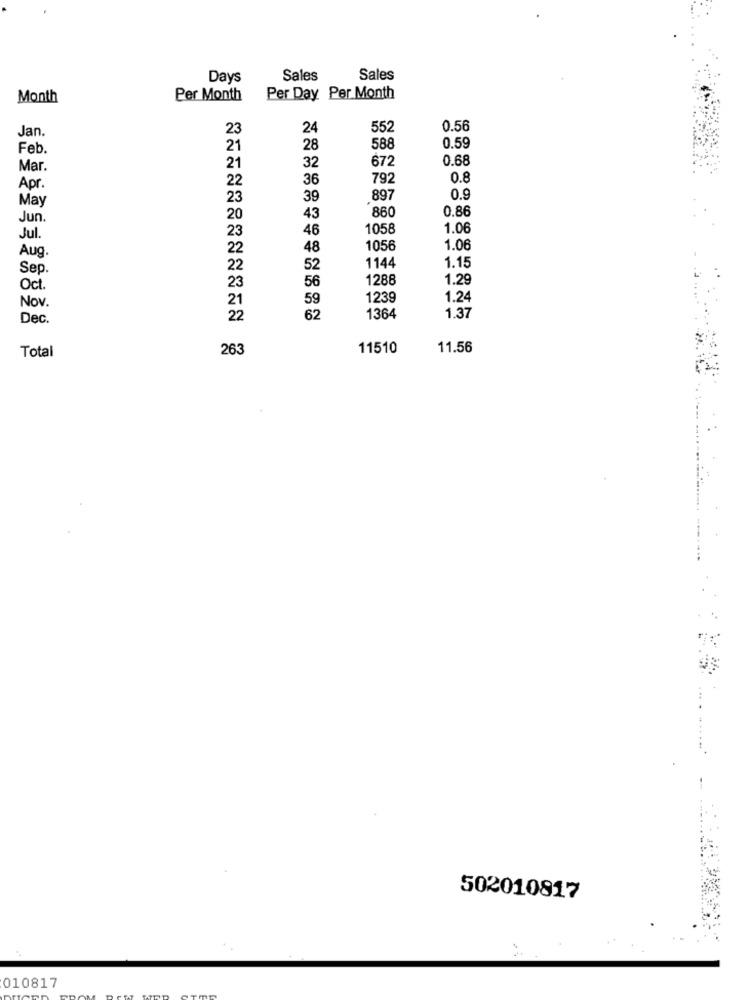
Days
Sales
Sales
Month
Per Month
Per Day Per Month
Jan.
23
24
552
0.56
Feb.
21
28
588
0.59
672
0.68
Mar.
21
32
22
36
792
0.8
Apr.
May
23
39
897
0.9
860
0.86
Jun.
20
43
23
1058
1.06
Jul.
46
Aug.
22
48
1056
1.06
1.15
Sep.
22
52
1144
1288
1.29
Oct.
56
59
1239
1.24
Nov.
Dec.
62
1364
1.37
263
11510
11.56
Total
502010817
010817